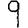
Digit: 9